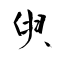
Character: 臾